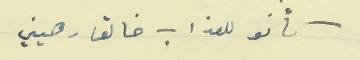
كأنو للعذاب خالقا رهيني